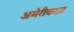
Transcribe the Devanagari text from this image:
अमेरीकाज़